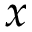
x